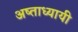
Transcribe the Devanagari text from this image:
अष्ताध्यायी